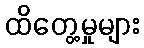
ထိတွေ့မှုများ